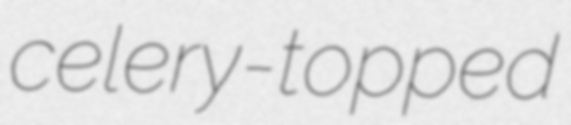
celery-topped